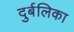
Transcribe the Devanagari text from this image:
दुर्बलिका